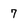
Character: 7